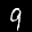
Label: 9